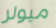
ميولر